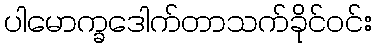
ပါမောက္ခဒေါက်တာသက်ခိုင်ဝင်း